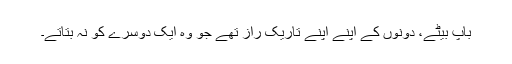
باپ بیٹے، دونوں کے اپنے اپنے تاریک راز تھے جو وہ ایک دوسرے کو نہ بتاتے۔